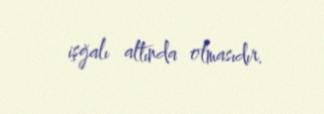
işğalı altında olmasıdır.